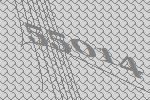
55014